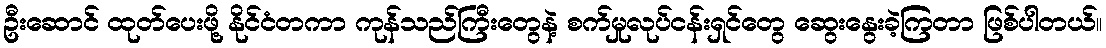
ဦးဆောင် ထုတ်ပေးဖို့ နိုင်ငံတကာ ကုန်သည်ကြီးတွေနဲ့ စက်မှုလုပ်ငန်းရှင်တွေ ဆွေးနွေးခဲ့ကြတာ ဖြစ်ပါတယ်။